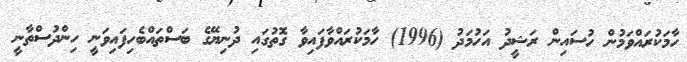
ހާމަކުރައްވަމުން ހުސައިން ރަޝީދު އަހުމަދު (1996) ހާމަކުރައްވާފައިވާ ގޮތުގައި ދުނިޔޭގެ ބަސްތައްބެހިފައިވަނީ ހިންދުސްތާނީ